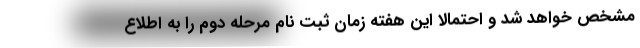
مشخص خواهد شد و احتمالا این هفته زمان ثبت نام مرحله دوم را به اطلاع